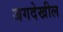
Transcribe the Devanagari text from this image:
जगदेखील